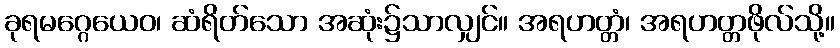
ခုရမဂ္ဂေယေဝ၊ ဆံရိတ်သော အဆုံး၌သာလျှင်။ အရဟတ္တံ၊ အရဟတ္တဖိုလ်သို့။